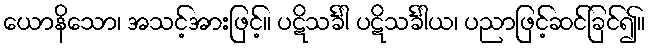
ယောနိသော၊ အသင့်အားဖြင့်။ ပဋိသင်္ခါ ပဋိသင်္ခါယ၊ ပညာဖြင့်ဆင်ခြင်၍။